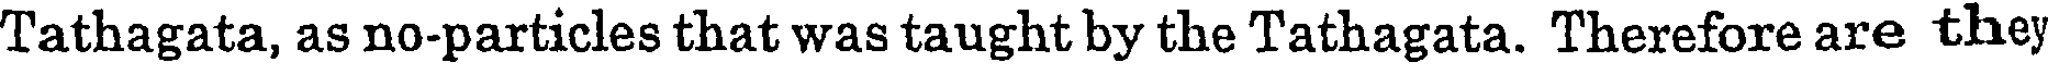
Tathagata, as no-particles that was taught by the Tathagata. Therefore are they